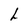
Character: L